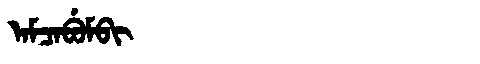
Manchu: ᠠᠮᠴᠠᠪᡠᠮᠪᡳ
Romanization: AMCABUMBI